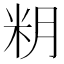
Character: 𱸶